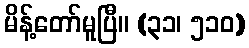
မိန့်တော်မူပြီ။ (၃၁၊ ၅၁၀)